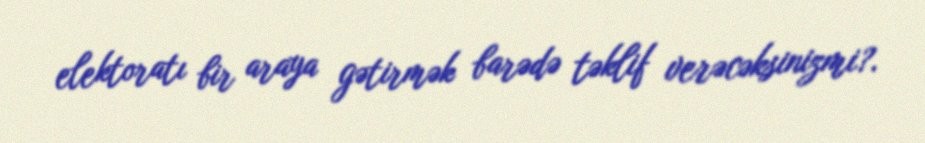
elektoratı bir araya gətirmək barədə təklif verəcəksinizmi?.